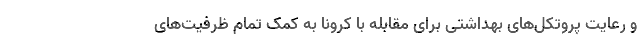
و رعایت پروتکل‌های بهداشتی برای مقابله با کرونا به کمک تمام ظرفیت‌های